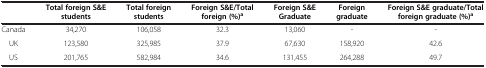
<table><thead><tr><td></td><td><b>Total foreign S&amp;E students</b></td><td><b>Total foreign students</b></td><td><b>Foreign S&amp;E/Total foreign (%)<sup>a</sup></b></td><td><b>Foreign S&amp;E Graduate</b></td><td><b>Foreign graduate</b></td><td><b>Foreign S&amp;E graduate/Total foreign graduate (%)<sup>a</sup></b></td></tr></thead><tbody><tr><td>Canada</td><td>34,270</td><td>106,058</td><td>32.3</td><td>13,060</td><td>-</td><td>-</td></tr><tr><td>UK</td><td>123,580</td><td>325,985</td><td>37.9</td><td>67,630</td><td>158,920</td><td>42.6</td></tr><tr><td>US</td><td>201,765</td><td>582,984</td><td>34.6</td><td>131,455</td><td>264,288</td><td>49.7</td></tr></tbody></table>